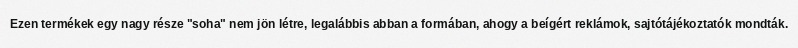
Ezen termékek egy nagy része "soha" nem jön létre, legalábbis abban a formában, ahogy a beígért reklámok, sajtótájékoztatók mondták.